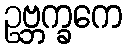
ဥဗ္ဘက္ခကေ